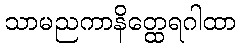
သာမညကာနိတ္ထေရဂါထာ